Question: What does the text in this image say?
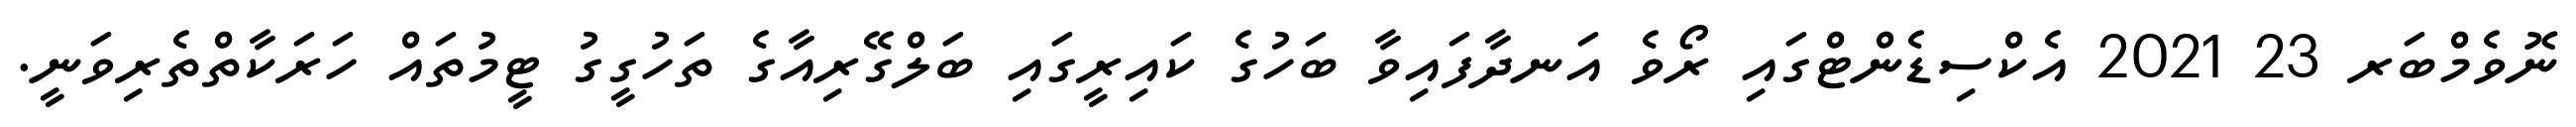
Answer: ނޮވެމްބަރ 23 2021 އެކްސިޑެންޓްގައި ރޯވެ އަނދާފައިވާ ބަހުގެ ކައިރީގައި ބަލްގޭރިއާގެ ތަހުގީގު ޓީމުތައް ހަރަކާތްތެރިވަނީ.